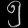
Digit: ၅